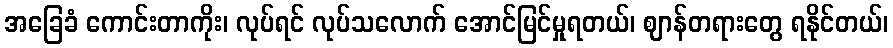
အခြေခံ ကောင်းတာကိုး၊ လုပ်ရင် လုပ်သလောက် အောင်မြင်မှုရတယ်၊ ဈာန်တရားတွေ ရနိုင်တယ်၊